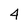
Character: 4